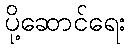
ပို့ဆောင်ရေး